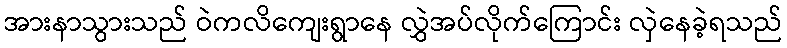
အားနာသွားသည် ဝဲကလိကျေးရွာနေ လွှဲအပ်လိုက်ကြောင်း လှဲနေခဲ့ရသည်